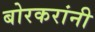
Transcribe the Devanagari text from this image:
बोरकरांनी